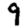
Digit: 9